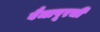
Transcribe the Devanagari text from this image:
वैजापूरची